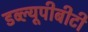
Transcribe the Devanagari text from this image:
डब्ल्यूपीबीटी